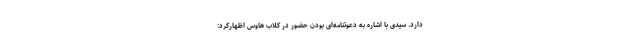
دارد. سیدی با اشاره به دعوتنامه‌ای بودن حضور در کلاب هاوس اظهارکرد: